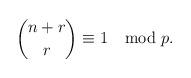
LaTeX: \begin{align*}\binom{n+r}{r} \equiv 1 \mod p.\end{align*}